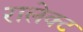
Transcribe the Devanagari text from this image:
रालेक्ट